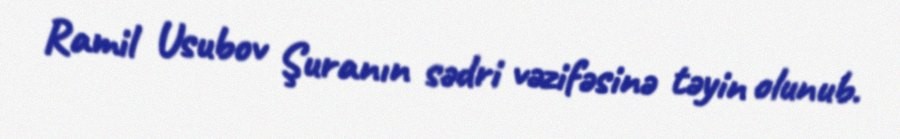
Ramil Usubov Şuranın sədri vəzifəsinə təyin olunub.